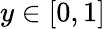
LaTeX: y\in[0,1]